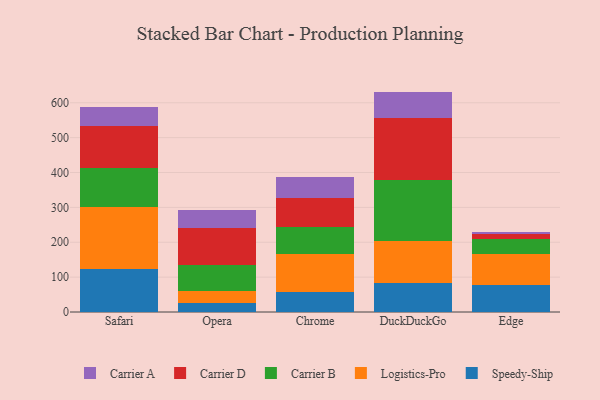
{"axis": {"x": "Browser", "y": "Churn Rate (%)"}, "legend": ["Carrier A", "Carrier B", "Carrier D", "Logistics-Pro", "Speedy-Ship"], "data": [{"x": "Safari", "y": 122.3, "type": "Speedy-Ship"}, {"x": "Safari", "y": 178.5, "type": "Logistics-Pro"}, {"x": "Safari", "y": 112.7, "type": "Carrier B"}, {"x": "Safari", "y": 121.3, "type": "Carrier D"}, {"x": "Safari", "y": 53.3, "type": "Carrier A"}, {"x": "Opera", "y": 26.1, "type": "Speedy-Ship"}, {"x": "Opera", "y": 34.9, "type": "Logistics-Pro"}, {"x": "Opera", "y": 73.9, "type": "Carrier B"}, {"x": "Opera", "y": 106.5, "type": "Carrier D"}, {"x": "Opera", "y": 51.9, "type": "Carrier A"}, {"x": "Chrome", "y": 58.7, "type": "Speedy-Ship"}, {"x": "Chrome", "y": 107.9, "type": "Logistics-Pro"}, {"x": "Chrome", "y": 75.8, "type": "Carrier B"}, {"x": "Chrome", "y": 83.7, "type": "Carrier D"}, {"x": "Chrome", "y": 60.9, "type": "Carrier A"}, {"x": "DuckDuckGo", "y": 83.8, "type": "Speedy-Ship"}, {"x": "DuckDuckGo", "y": 119.3, "type": "Logistics-Pro"}, {"x": "DuckDuckGo", "y": 176.3, "type": "Carrier B"}, {"x": "DuckDuckGo", "y": 176.4, "type": "Carrier D"}, {"x": "DuckDuckGo", "y": 76.2, "type": "Carrier A"}, {"x": "Edge", "y": 76.5, "type": "Speedy-Ship"}, {"x": "Edge", "y": 90.1, "type": "Logistics-Pro"}, {"x": "Edge", "y": 43.8, "type": "Carrier B"}, {"x": "Edge", "y": 13.4, "type": "Carrier D"}, {"x": "Edge", "y": 6.4, "type": "Carrier A"}]}